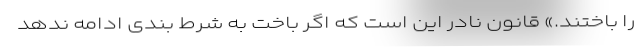
را باختند.» قانون نادر این است که اگر باخت به شرط بندی ادامه ندهد